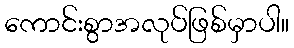
ကောင်းစွာအလုပ်ဖြစ်မှာပါ။